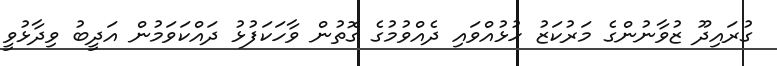
ގުރައިދޫ ޒުވާނުންގެ މަރުކަޒު ހުޅުއްވައި ދެއްވުމުގެ ގޮތުން ވާހަކަފުޅު ދައްކަވަމުން އަދީބު ވިދާޅުވީ